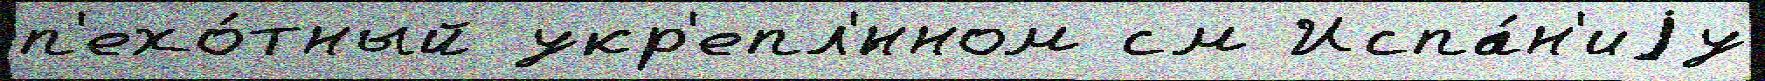
п'ехо́тный укр'епл'́нном см Испа́н'иjу